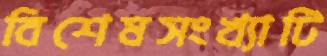
বিশেষসংখ্যাটি